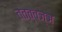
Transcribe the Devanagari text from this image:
तत्त्‍वज्ञ